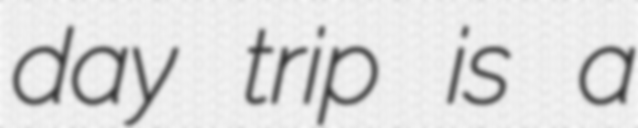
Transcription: day trip is a